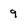
Character: 9